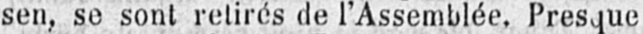
sen, se sont retirés de l’Assemblée. Presque